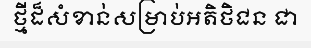
ថ្មីដ៏សំខាន់សម្រាប់អតិថិជន ជា